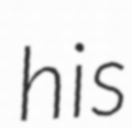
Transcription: his